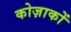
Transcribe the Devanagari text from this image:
कोज़ाकों